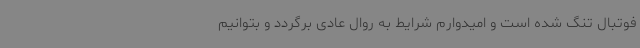
فوتبال تنگ شده است و امیدوارم شرایط به روال عادی برگردد و بتوانیم